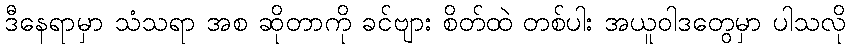
ဒီနေရာမှာ သံသရာ အစ ဆိုတာကို ခင်ဗျား စိတ်ထဲ တစ်ပါး အယူဝါဒတွေမှာ ပါသလို